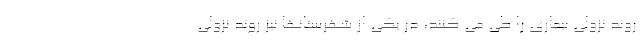
روند نزولی بیماری را طی می کنند، در یکی از شهرستانها نیز روند نزولی